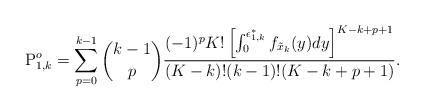
LaTeX: \begin{align*}\mathrm{P}^o_{1,k} = \sum^{k-1}_{p=0}{k-1 \choose p} \frac{(-1)^p K!\left[\int^{\epsilon_{1,k}^*}_{0}f_{\tilde{x}_k}(y)dy \right]^{K-k+p+1} }{(K-k)!(k-1)!(K-k+p+1)} .\end{align*}